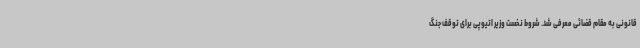
قانونی به مقام قضائی معرفی شد. شروط نخست وزیر اتیوپی برای توقف جنگ